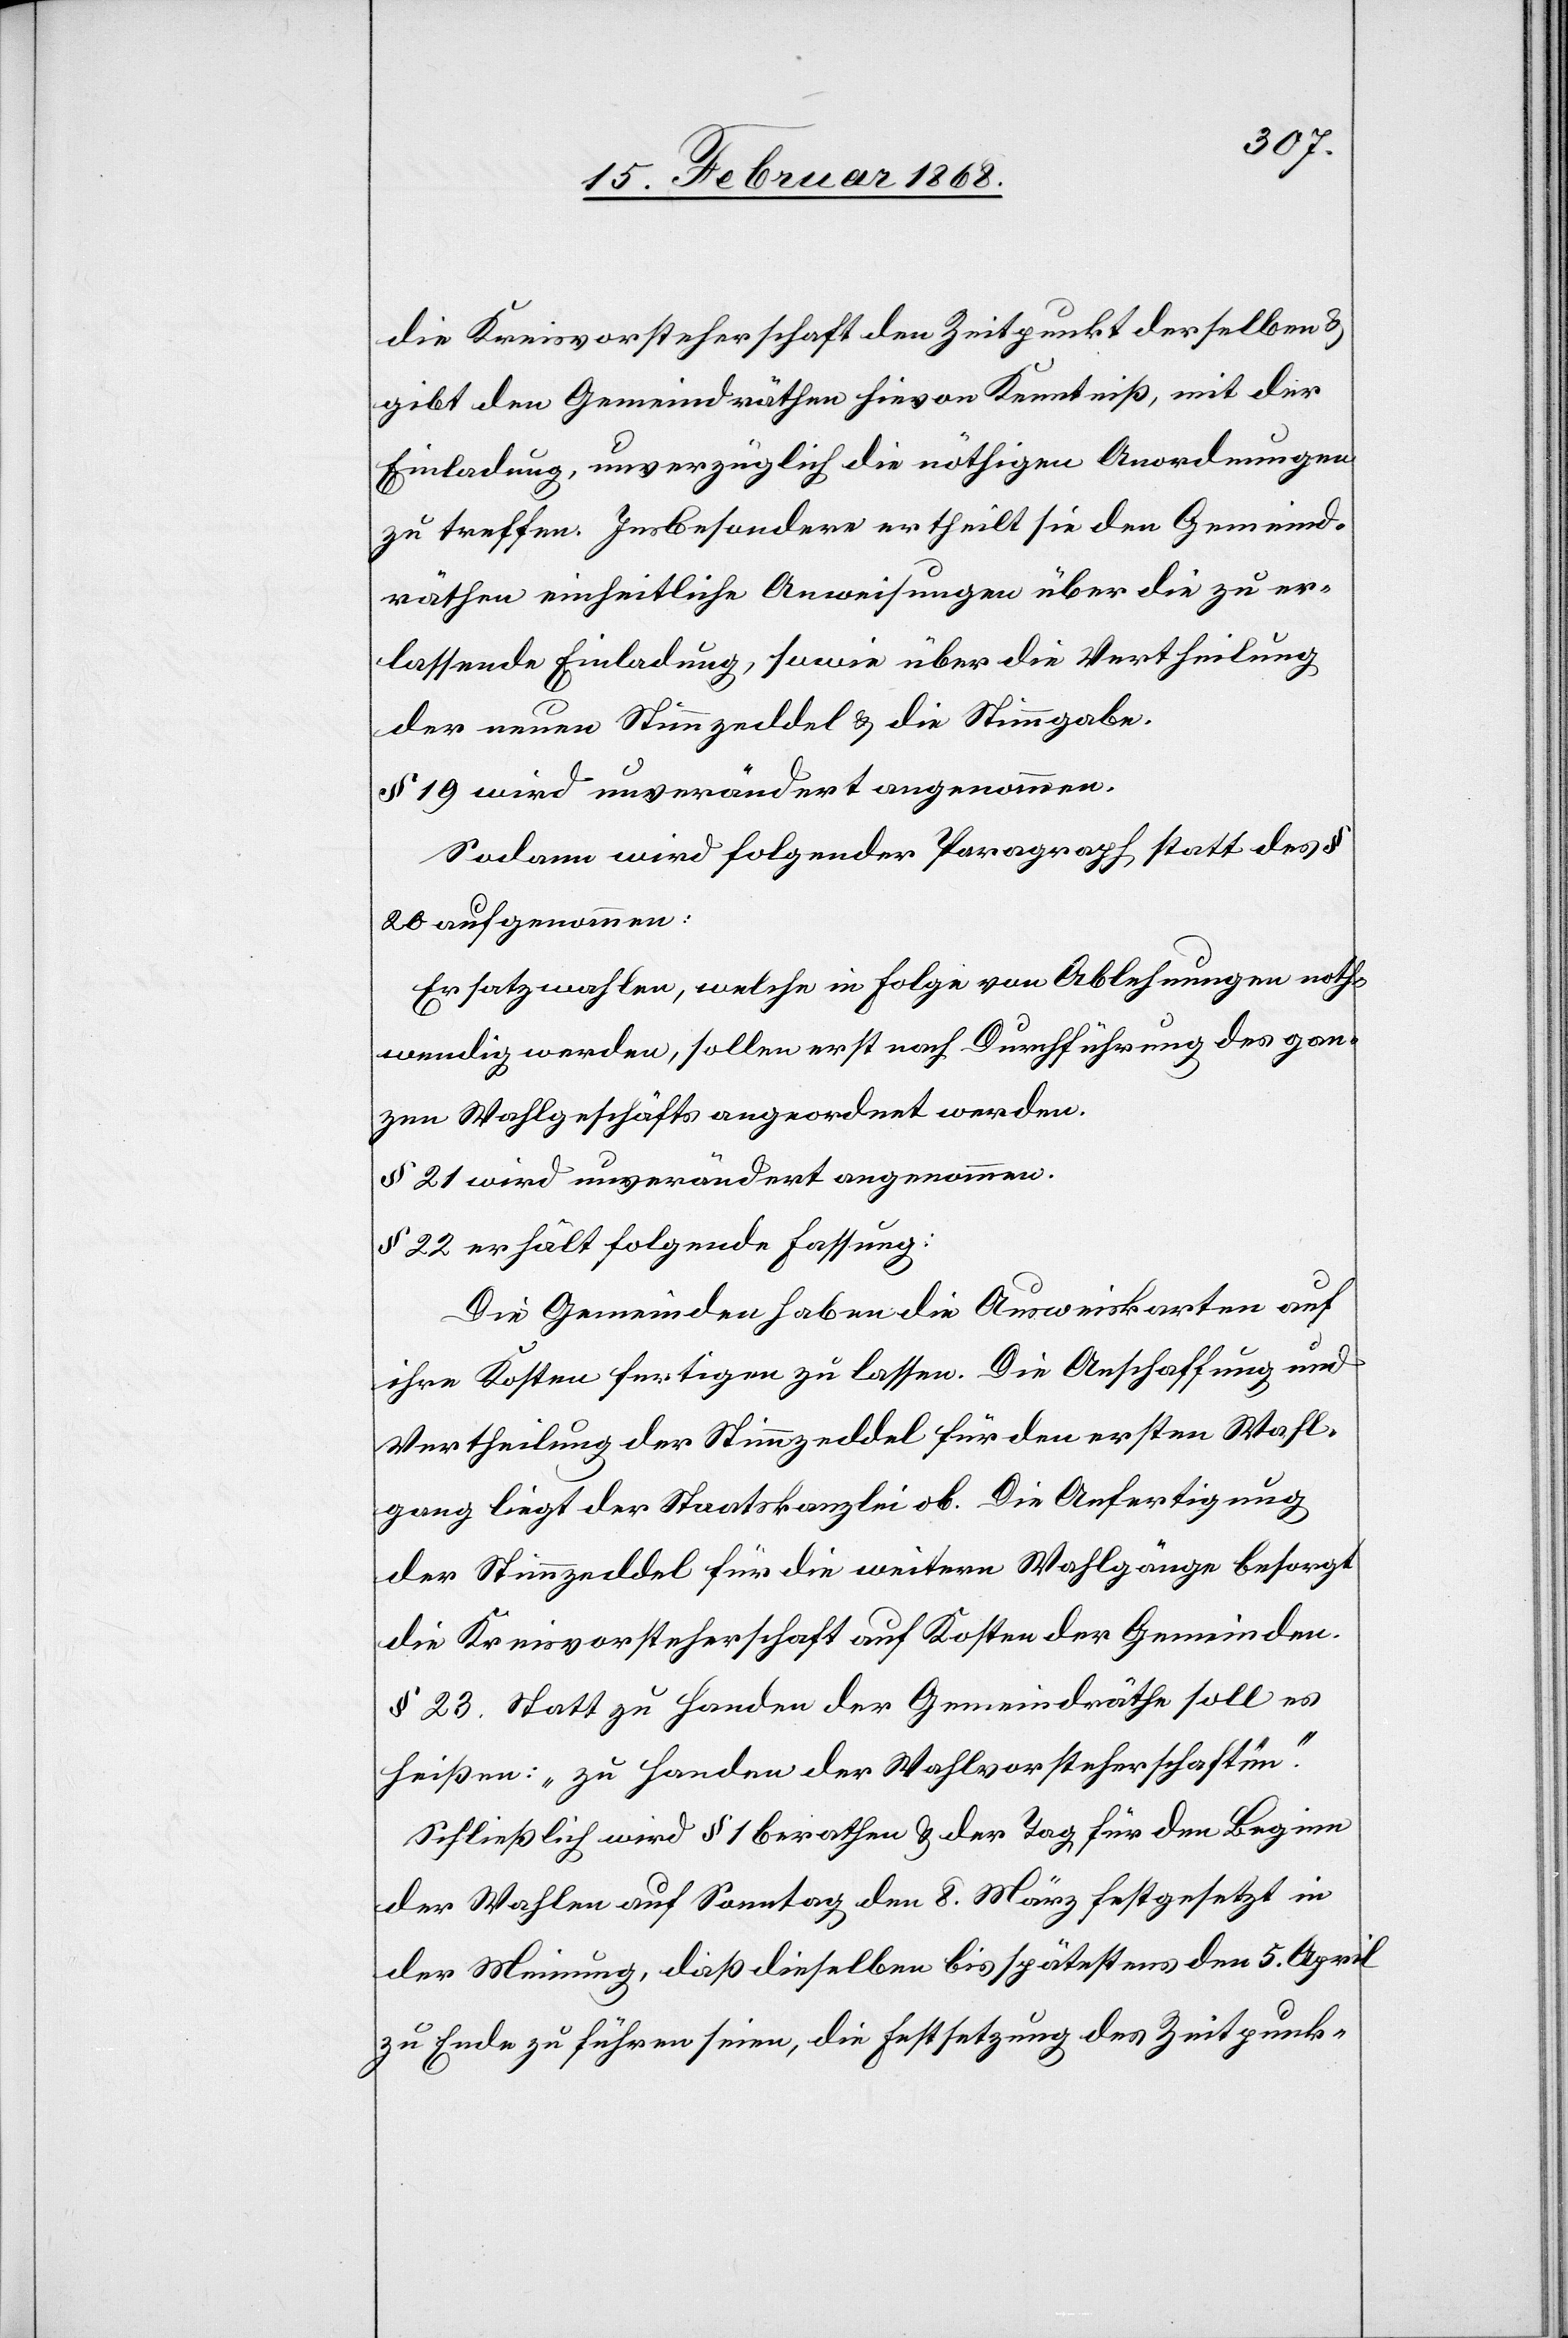
die Kreisvorsteherschaft den Zeitpunkt derselben &
gibt den Gemeindräthen hievon Kenntniß, mit der
Einladung, unverzüglich die nöthigen Anordnungen
zu treffen. Insbesondere ertheilt sie den Gemeind¬
räthen einheitliche Anweisungen über die zu er¬
lassende Einladung, sowie über die Vertheilung
der neuen Stimmzeddel & die Stimmgabe.
§ 19 wird unverändert angenommen.
Sodann wird folgender Paragraph statt des §
20 aufgenommen:
Ersatzwahlen, welche in Folge von Ablehnungen noth¬
wendig werden, sollen erst nach Durchführung des gan¬
zen Wahlgeschäfts angeordnet werden.
§ 21 wird unverändert angenommen.
§ 22 erhält folgende Fassung:
Die Gemeinden haben die Ausweiskarten auf
ihre Kosten fertigen zu lassen. Die Anschaffung und
Vertheilung der Stimmzeddel für den ersten Wahl¬
gang liegt der Staatskanzlei ob. Die Anfertigung
der Stimmzeddel für die weitern Wahlgänge besorgt
die Kreisvorsteherschaft auf Kosten der Gemeinden.
§ 23. Statt zu Handen der Gemeindräthe soll es
heißen: „zu Handen der Wahlvorsteherschaften.“
Schließlich wird § 1 berathen & der Tag für den Beginn
der Wahlen auf Sonntag den 8. März festgesetzt in
der Meinung, daß dieselben bis spätestens den 5. April
zu Ende zu führen seien, die Festsetzung des Zeitpunk-